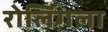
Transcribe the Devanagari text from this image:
रोलिंगला